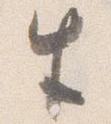
生